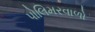
પોલિમરવાળો